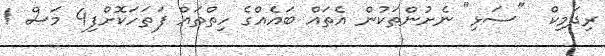
ރިދަމިކް  "ސަޅި" ނެށުންތަކުން އެތައް ބައެއްގެ ހިތްތައް ފަތަހަކޮށްފި4 މަސް 1